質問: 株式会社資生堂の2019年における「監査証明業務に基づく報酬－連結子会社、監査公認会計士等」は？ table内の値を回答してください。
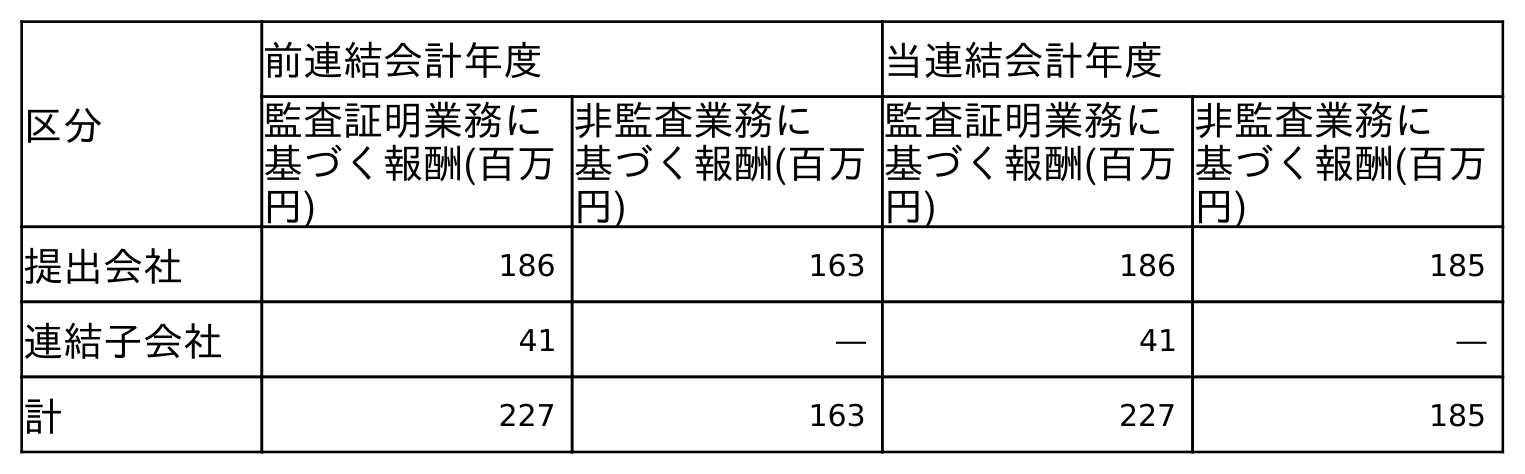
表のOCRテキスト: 区分 前連結会計年度 当連結会計年度 監査証明業務に 基づく報酬(百万 円) 非監査業務に 基づく報酬(百万 円) 監査証明業務に 基づく報酬(百万 円) 非監査業務に 基づく報酬(百万 円) 提出会社 186 163 186 185 連結子会社 41 ― 41 ― 計 227 163 227 185
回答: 41